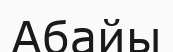
Абайы